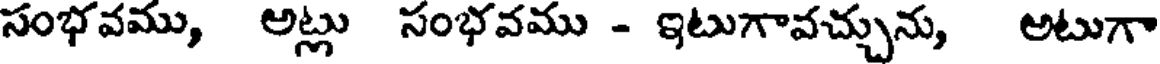
సంభవము, అట్లు సంభవము - ఇటుగావచ్చును, అటుగా